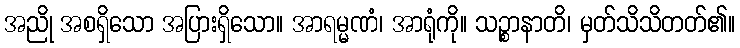
အညို အစရှိသော အပြားရှိသော။ အာရမ္မဏံ၊ အာရုံကို။ သဉ္စာနာတိ၊ မှတ်သိသိတတ်၏။